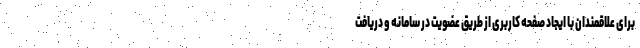
برای علاقمندان با ایجاد صفحه کاربری از طریق عضویت در سامانه و دریافت